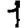
Digit: 1